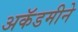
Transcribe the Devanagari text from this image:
अकॅडमीने